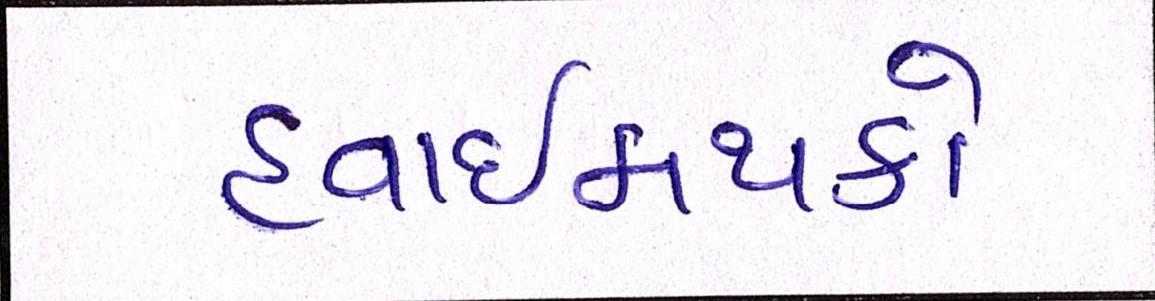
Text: હવાઈમથકો